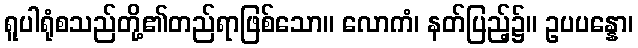
ရူပါရုံစသည်တို့၏တည်ရာဖြစ်သော။ လောကံ၊ နတ်ပြည့်၌။ ဥပပန္နော၊